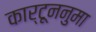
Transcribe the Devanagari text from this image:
कार्टूननुमा